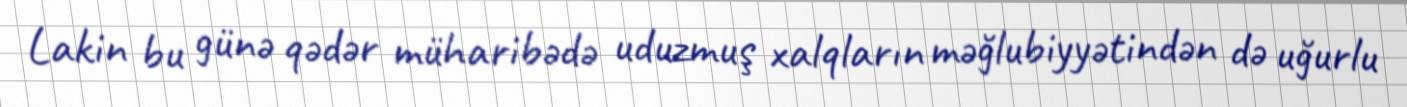
Lakin bu günə qədər müharibədə uduzmuş xalqların məğlubiyyətindən də uğurlu